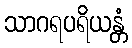
သာဂရပရိယန္တံ